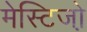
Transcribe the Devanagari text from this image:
मेस्टिजो़